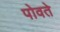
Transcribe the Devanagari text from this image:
पोवते